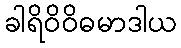
ခါရိဝိဝိဓမာဒါယ